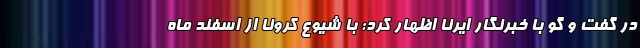
در گفت و گو با خبرنگار ایرنا اظهار کرد: با شیوع کرونا از اسفند ماه